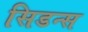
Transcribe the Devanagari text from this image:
सिडन्स